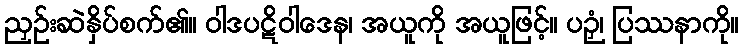
ညှဉ်းဆဲနှိပ်စက်၏။ ဝါဒပဋိဝါဒေန၊ အယူကို အယူဖြင့်။ ပဉှံ၊ ပြဿနာကို။